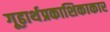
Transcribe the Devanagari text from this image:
गूढ़ार्थप्रकाशिकाकार